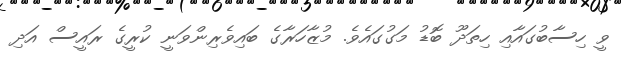
ވީ ހިސާބުގައާއި ހިތަދޫ ބޮޑު މަގުގައެވެ. މުޒާހަރާގެ ބައިވެރިންވަނީ ކުރީގެ ރައީސް އަދި